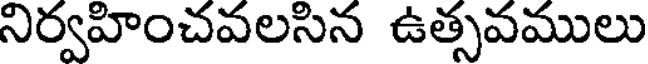
నిర్వహించవలసిన ఉత్సవములు